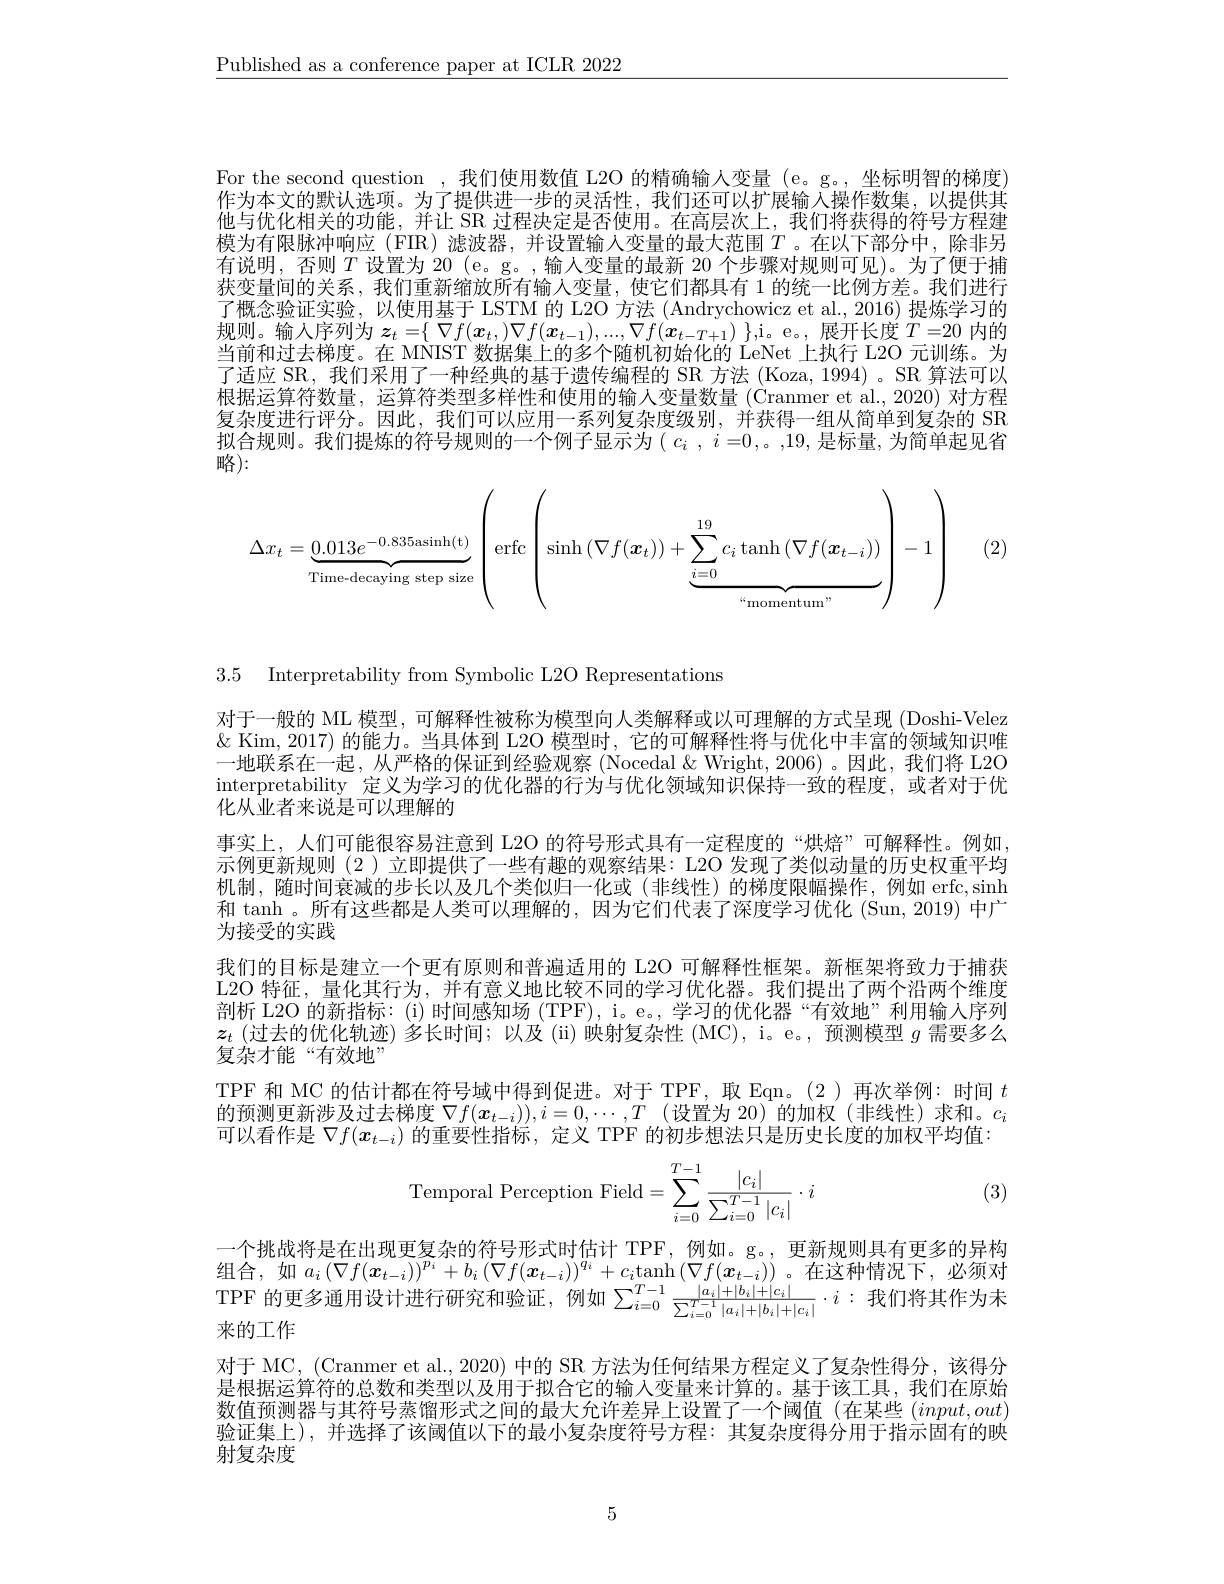
$\underline{\text{Published as a conference paper at ICLR 2022}}$

For the second question ,我们使用数值 L2O 的精确输入变量 (e。g。, 坐标明智的梯度) 作为本文的默认选项。为了提供进一步的灵活性，我们还可以扩展输入操作数集，以提供其他与优化相关的功能，并让 SR 过程决定是否使用。在高层次上，我们将获得的符号方程建模为有限脉冲响应 (FIR) 滤波器，并设置输入变量的最大范围$T$ 。在以下部分中，除非另有说明，否则$T$设置为 20 (e。g。,输入变量的最新 20 个步骤对规则可见)。为了便于捕获变量间的关系，我们重新缩放所有输人变量，使它们都具有 1 的统一比例方差。我们进行了概念验证实验，以使用基于 LSTM 的 L2O 方法 (Andrychowicz et al., 2016) 提炼学习的规则。输入序列为$z_t=\{\begin{array}{c}\nabla f(\boldsymbol{x}_t,)\nabla f(\boldsymbol{x}_{t-1}),...,\nabla f(\boldsymbol{x}_{t-T+1})\end{array}\}$,i。e。,展开长度$T=20$内的当前和过去梯度。在 MNIST 数据集上的多个随机初始化的 LeNet 上执行 L2O 元训练。为了适应 SR, 我们采用了一种经典的基于遗传编程的 SR 方法 (Koza, 1994) 。SR 算法可以根据运算符数量，运算符类型多样性和使用的输人变量数量 (Cranmer et al., 2020) 对方程复杂度进行评分。因此，我们可以应用一系列复杂度级别，并获得一组从简单到复杂的 SR 拟合规则。我们提炼的符号规则的一个例子显示为( $c_i,i=0$,。,19,是标量，为简单起见省略):

<FigureHere>

(2)

3.5 Interpretability from Symbolic L2O Representations

对于一般的 ML 模型，可解释性被称为模型向人类解释或以可理解的方式呈现 (Doshi-Velez $\&$ Kim, 2017) 的能力。当具体到 L2O 模型时，它的可解释性将与优化中丰富的领域知识唯一地联系在一起，从严格的保证到经验观察(Nocedal $\&$ Wright, 2006)。因此，我们将 L2O interpretability 定义为学习的优化器的行为与优化领域知识保持一致的程度，或者对于优化从业者来说是可以理解的
事实上，人们可能很容易注意到 L2O 的符号形式具有一定程度的“烘焙”可解释性。例如示例更新规则(2)立即提供了一些有趣的观察结果：L2O 发现了类似动量的历史权重平均机制，随时间衰减的步长以及几个类似归一化或(非线性)的梯度限幅操作，例如 erfc,sinh 和 tanh 。所有这些都是人类可以理解的，因为它们代表了深度学习优化 (Sun, 2019) 中广为接受的实践
我们的目标是建立一个更有原则和普遍适用的 L2O 可解释性框架。新框架将致力于捕获L2O 特征，量化其行为，并有意义地比较不同的学习优化器。我们提出了两个沿两个维度剖析 L2O 的新指标：(i) 时间感知场 (TPF), i。e., 学习的优化器“有效地”利用输入序列$z_t\left(\text{过去的优化轨迹)多长时间；以及 (\"{i})映射复杂性 (MC), i。e。,预测模型 }g\text{ 需要多么}\right.$ 复杂才能“有效地”
TPF 和 MC 的估计都在符号域中得到促进。对于 TPF, 取 Eqn。(2)再次举例：时间$t$ 的预测更新涉及过去梯度$\nabla f(x_{t-i})),i=0,\cdots,T$ (设置为 20)的加权(非线性)求和。$c_i$ 可以看作是$\nabla f(x_{t-i})$的重要性指标，定义 TPF 的初步想法只是历史长度的加权平均值：

(3)
$$\text{Temporal Perception Field}=\sum_{i=0}^{T-1}\frac{|c_i|}{\sum_{i=0}^{T-1}|c_i|}\cdot i$$
一个挑战将是在出现更复杂的符号形式时估计 TPF, 例如。g。, 更新规则具有更多的异构组合，如$a_i\left(\nabla f(\boldsymbol{x}_{t-i})\right)^{p_i}+b_i\left(\nabla f(\boldsymbol{x}_{t-i})\right)^{q_i}+c_i\tanh\left(\nabla f(\boldsymbol{x}_{t-i})\right)$。在这种情况下，必须对TPF 的更多通用设计进行研究和验证，例如$\sum_i=0^{T-1}\frac{|a_i|+|b_i|+|c_i|}{\sum_{i=0}^{T-1}|a_i|+|b_i|+|c_i|}\cdot i:$我们将其作为未来的工作
对于 MC, (Cranmer et al., 2020) 中的 SR 方法为任何结果方程定义了复杂性得分，该得分是根据运算符的总数和类型以及用于拟合它的输入变量来计算的。基于该工具，我们在原始数值预测器与其符号蒸馏形式之间的最大允许差异上设置了一个阈值(在某些$(input,out)$ 验证集上),并选择了该阈值以下的最小复杂度符号方程：其复杂度得分用于指示固有的映射复杂度

5